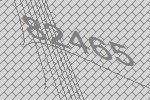
82465